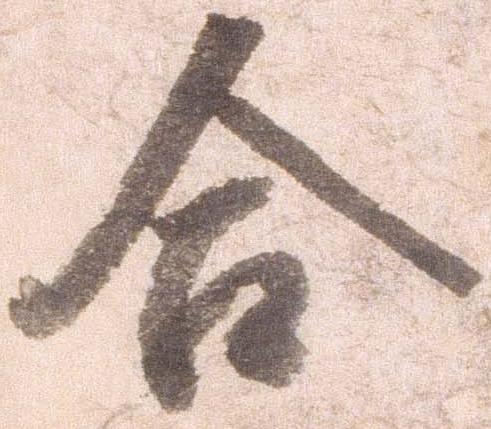
合